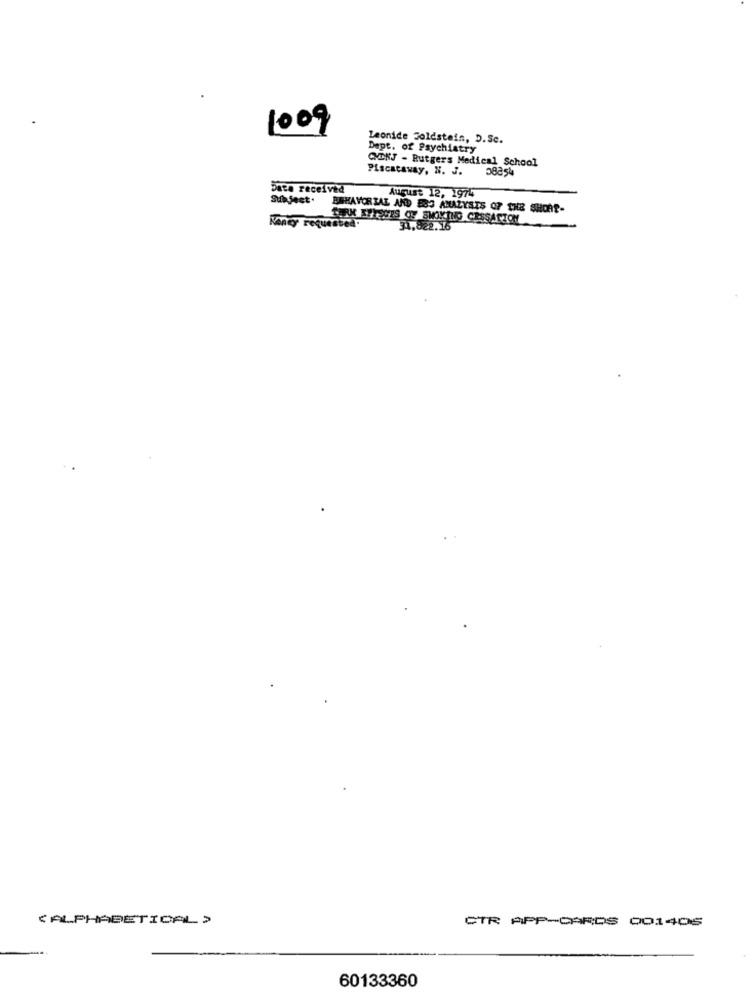
1009
Leonide Foldstein, D.Sc.
Dept. of Psychiatry
CNDNS - Rutgers Medical School
Piscataway, N. J.
38254
Data received
August 12, 1974
Subject.
ESKAVOR IAL AND B83 ANALYSTS OF THE SHDAT-
TURK BYLAWES OF SMOKING CESSATION
Money requestca:
31.822.16
(ALPHABETICAL )
CTR APP-CARDS 001406
60133360